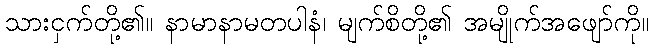
သားငှက်တို့၏။ နာမာနာမတပါနံ၊ မျက်စိတို့၏ အမျိုက်အဖျော်ကို။